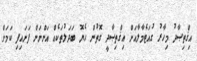
އިޤްތިޞާދު މިހާރު ގުއަޓެމާލާއަށް އިޤްތިޞާދީ ގޮތުން ހެޔޮ ބަދަލުތަކެއް އަންނަން ފަށައިފި ކަމަށް